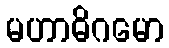
မဟာဓိဂမော